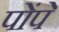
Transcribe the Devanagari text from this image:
पोंपे